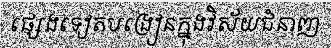
ផ្សេងទៀតបង្រៀនក្នុងវិស័យជំនាញ